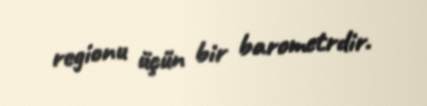
regionu üçün bir barometrdir.